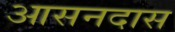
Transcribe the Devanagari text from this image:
आसनदास